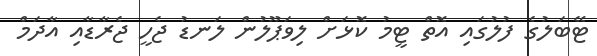
ޓޭބަލުގެ ފުލުގައި އޮތް ޓީމު ކޮޅަށް ލިވަޕޫލުން ލަނޑު ޖެހީ ޖެރާޑާއި އާދަމް